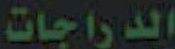
الدراجات